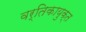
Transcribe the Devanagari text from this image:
वर्तिकायुक्त